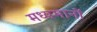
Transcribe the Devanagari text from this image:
मध्यमानों